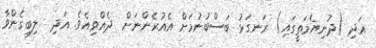
އަދި (ދުނިޔެމަތީގައި) ރަނގަޅު ބަސްބުނުމަށް އެއުރެންނަށް  ދެއްވިއެވެ. އަދި  ލިބިގެންވާ